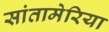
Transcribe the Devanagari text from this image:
सांतामेरिया